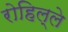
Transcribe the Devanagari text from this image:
रोहिल्ले